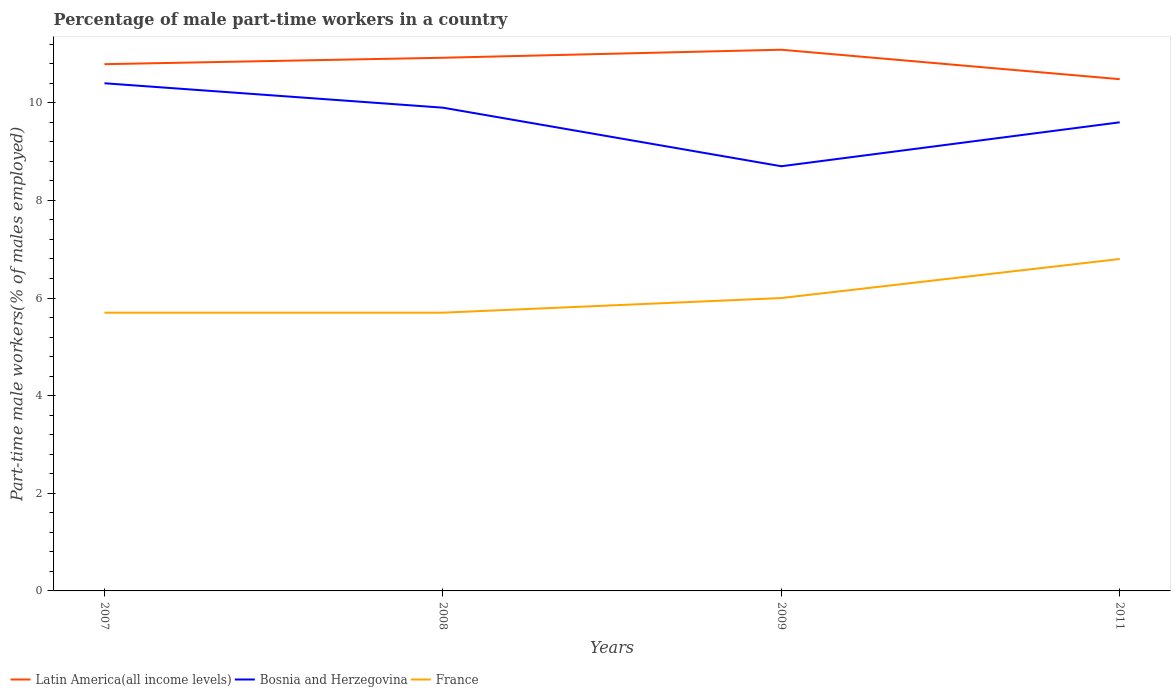
| Years | Latin America(all income levels) | Bosnia and Herzegovina | France |
 | --- | --- | --- | --- |
 | 2007 | 10.8 | 10.4 | 5.7 |
 | 2008 | 10.9 | 9.9 | 5.7 |
 | 2009 | 11.1 | 8.7 | 6 |
 | 2011 | 10.5 | 9.6 | 6.8 |